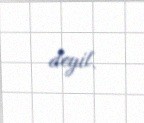
deyil.